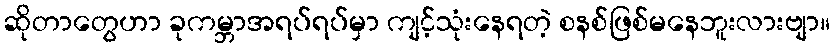
ဆိုတာတွေဟာ ခုကမ္ဘာအရပ်ရပ်မှာ ကျင့်သုံးနေရတဲ့ စနစ်ဖြစ်မနေဘူးလားဗျာ။